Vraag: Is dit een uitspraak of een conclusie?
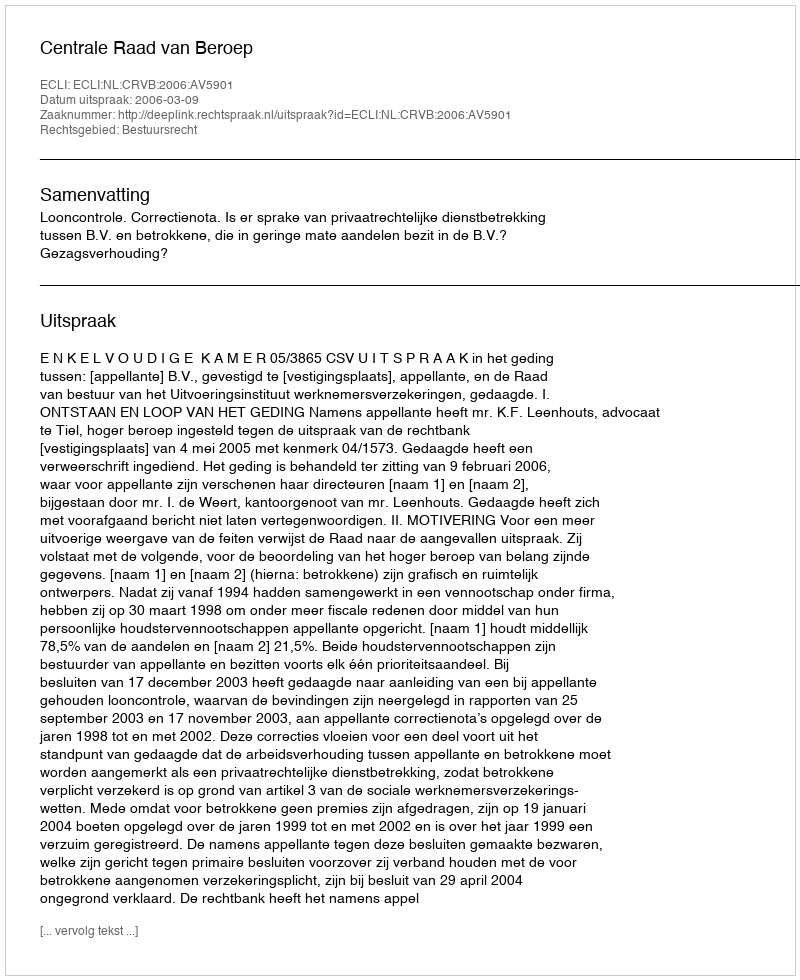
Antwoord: Uitspraak